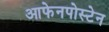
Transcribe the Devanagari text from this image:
आफेनपोस्टेन